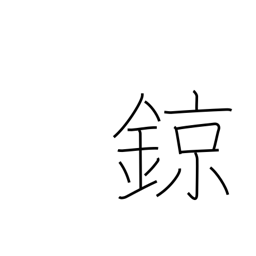
Meaning: kind of percussion instrument